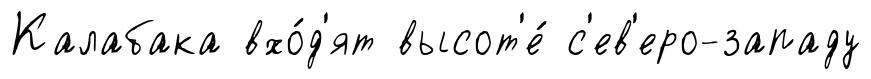
Калабака вхо́д'ят высот'е́ с'ев'еро-западу